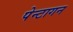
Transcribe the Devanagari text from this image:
पेन्टागन